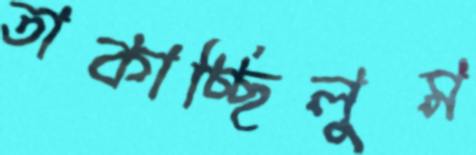
তাকাচ্ছিলুম